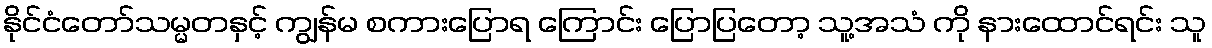
နိုင်ငံတော်သမ္မတနှင့် ကျွန်မ စကားပြောရ ကြောင်း ပြောပြတော့ သူ့အသံ ကို နားထောင်ရင်း သူ